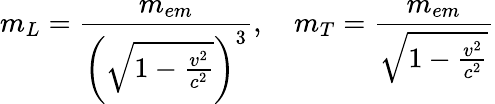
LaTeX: m_{L}={\frac{m_{em}}{\left({\sqrt{1-{\frac{v^{2}}{c^{2}}}}}\right)^{3}}},\quad m_{T}={\frac{m_{em}}{\sqrt{1-{\frac{v^{2}}{c^{2}}}}}}